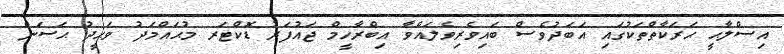
އިސްލާޙީ ޙަރަކާތްތަކުގައި އަބަދުވެސް ބައިވެރިވެލައްވާ އިބްރާހީމް ޖައުފަރު ޑޮކްޓަރ މުޙައްމަދު ވަޙީދު ޙަސަން